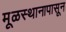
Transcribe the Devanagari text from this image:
मूळस्थानापासून